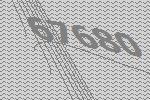
67680